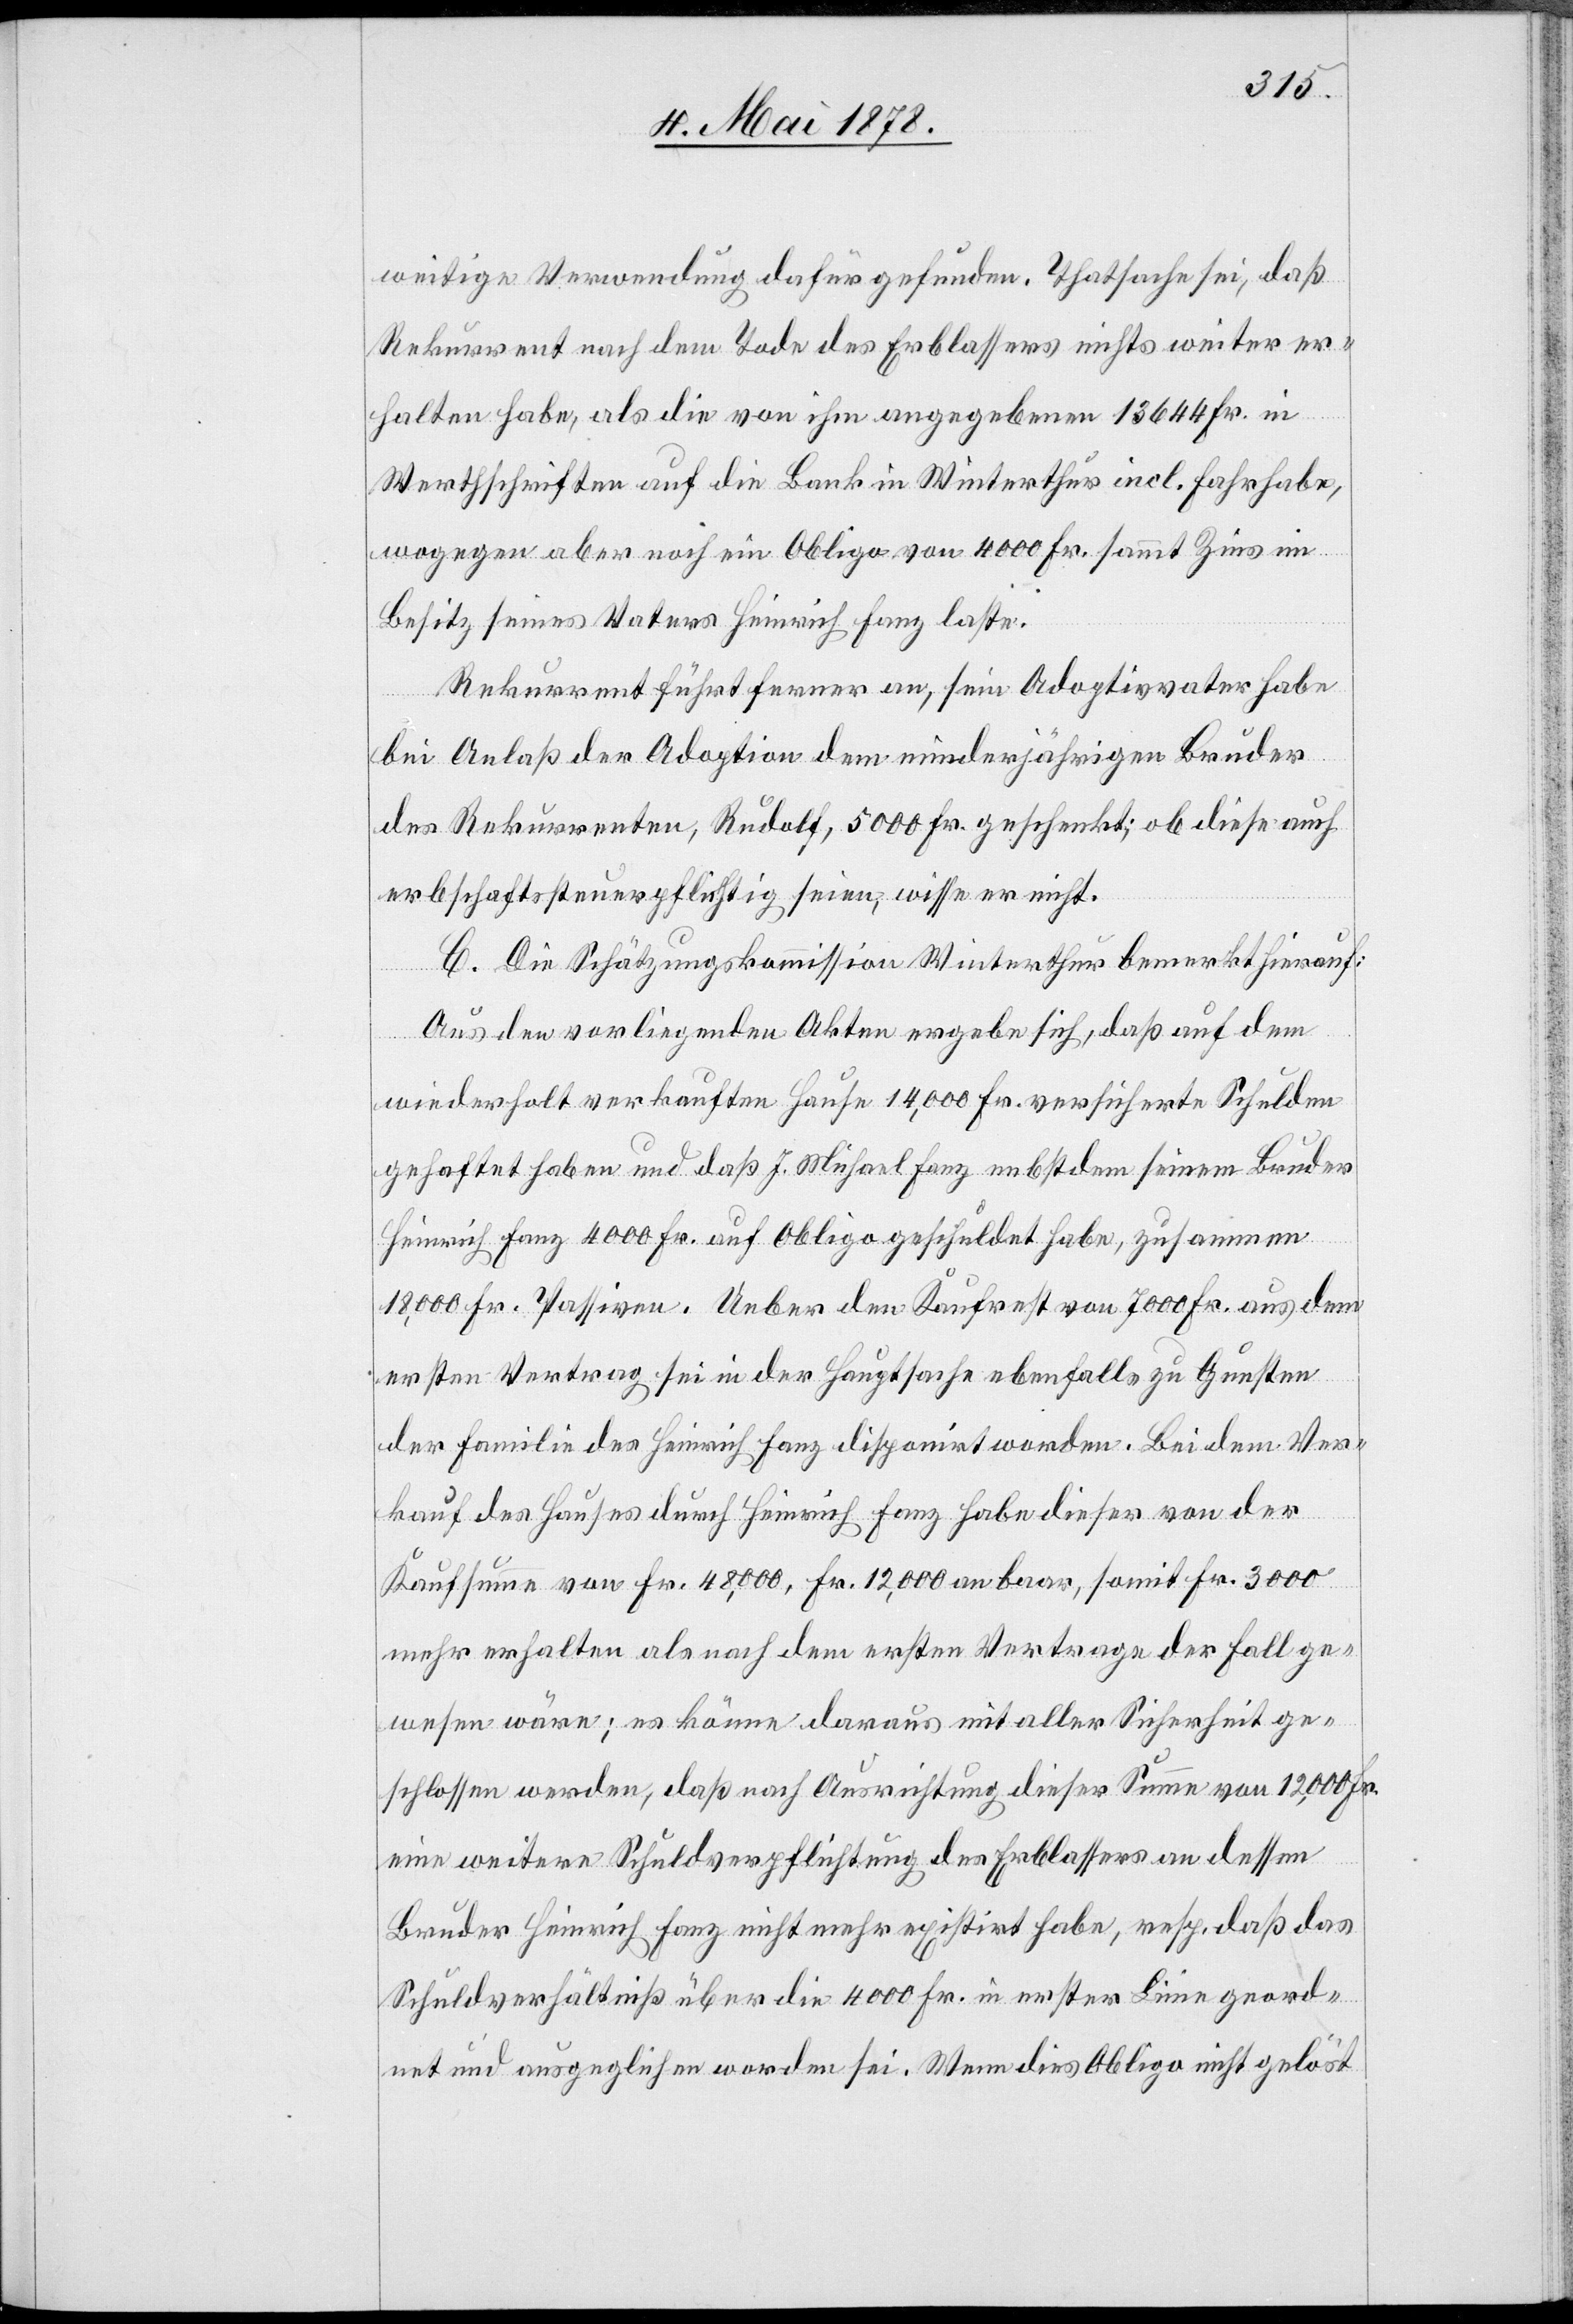
weitige Verwendung dafür gefunden. Thatsache sei, daß
Rekurrent nach dem Tode des Erblassers nichts weiter er¬
halten habe, als die von ihm angegebenen 13 644 Fr. in
Werthschriften auf die Bank in Winterthur incl. Fahrhabe,
wogegen aber noch ein Obligo von 4000 Fr. sammt Zins im
Besitz seines Vaters Heinrich Fanz laste.
Rekurrent führt ferner an, sein Adoptivvater habe
bei Anlaß der Adoption dem minderjährigen Bruder
des Rekurrenten, Rudolf, 5000 Fr. geschenkt; ob diese auch
erbschaftssteuerpflichtig seien, wisse er nicht.
C. Die Schätzungskommission Winterthur bemerkt hierauf:
Aus den vorliegenden Akten ergebe sich, daß auf dem
wiederholt verkauften Hause 14,000 Fr. versicherte Schulden
gehaftet haben und daß J. Michael Fanz nebst dem seinem Bruder
Heinrich Fanz 4000 Fr. auf Obligo geschuldet habe, zusammen
18,000 Fr. Passiven. Ueber den Kaufrest von 7000 Fr. aus dem
ersten Vertrag sei in der Hauptsache ebenfalls zu Gunsten
der Familie des Heinrich Fanz disponirt worden. Bei dem Ver¬
kauf des Hauses durch Heinrich Fanz habe dieser von der
Kaufsumme von Fr. 48,000, Fr. 12,000 an baar, somit Fr. 3000
mehr erhalten als nach dem ersten Vertrage der Fall ge¬
wesen wäre; es könne daraus mit aller Sicherheit ge¬
schlossen werden, daß nach Ausrichtung dieser Summe von 12,000 Fr.
eine weitere Schuldverpflichtung des Erblassers an dessen
Bruder Heinrich Fanz nicht mehr exisitirt habe, resp. daß das
Schuldverhältniß über die 4000 Fr. in erster Linie geord¬
net und ausgeglichen worden sei. Wenn dies Obligo nicht gelöst